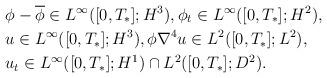
LaTeX: \begin{align*}& \phi-\overline{\phi} \in L^\infty([0,T_*];H^3), \phi_t \in L^\infty([0,T_*];H^2),\\& u\in L^\infty([0,T_*]; H^3), \phi \nabla^4 u\in L^2([0,T_*];L^2), \\& u_t \in L^\infty([0,T_*]; H^1)\cap L^2([0,T_*] ; D^2).\end{align*}